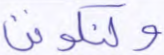
ولنكونن